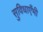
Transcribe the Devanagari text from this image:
सुविधाएँभी